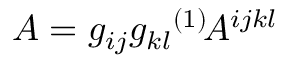
A = g _ { i j } g _ { k l } { } ^ { ( 1 ) } \! A ^ { i j k l }